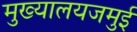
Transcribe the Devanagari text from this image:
मुख्यालयजमुई